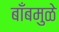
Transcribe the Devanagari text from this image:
बाँबमुळे